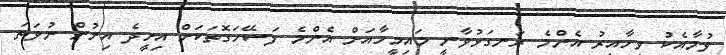
ވުމާއެކު ވިހާއިރު އެންމެ ރަނގަޅުވާނީ މައިމީހާއަށް އެންމެ ފަސޭހަގޮތަކަށް އިށީދެ އިނުން ނުވަތަ